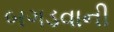
બગડવાની